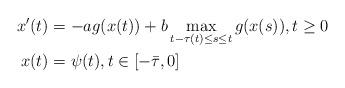
LaTeX: \begin{align*} x'(t) &= -ag(x(t))+b\max_{t-\tau(t)\leq s\leq t} g(x(s)) ,t\geq 0 \\ x(t) &= \psi(t),t \in [-\bar{\tau},0]\end{align*}